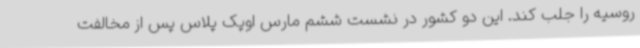
روسیه را جلب کند. این دو کشور در نشست ششم مارس اوپک پلاس پس از مخالفت